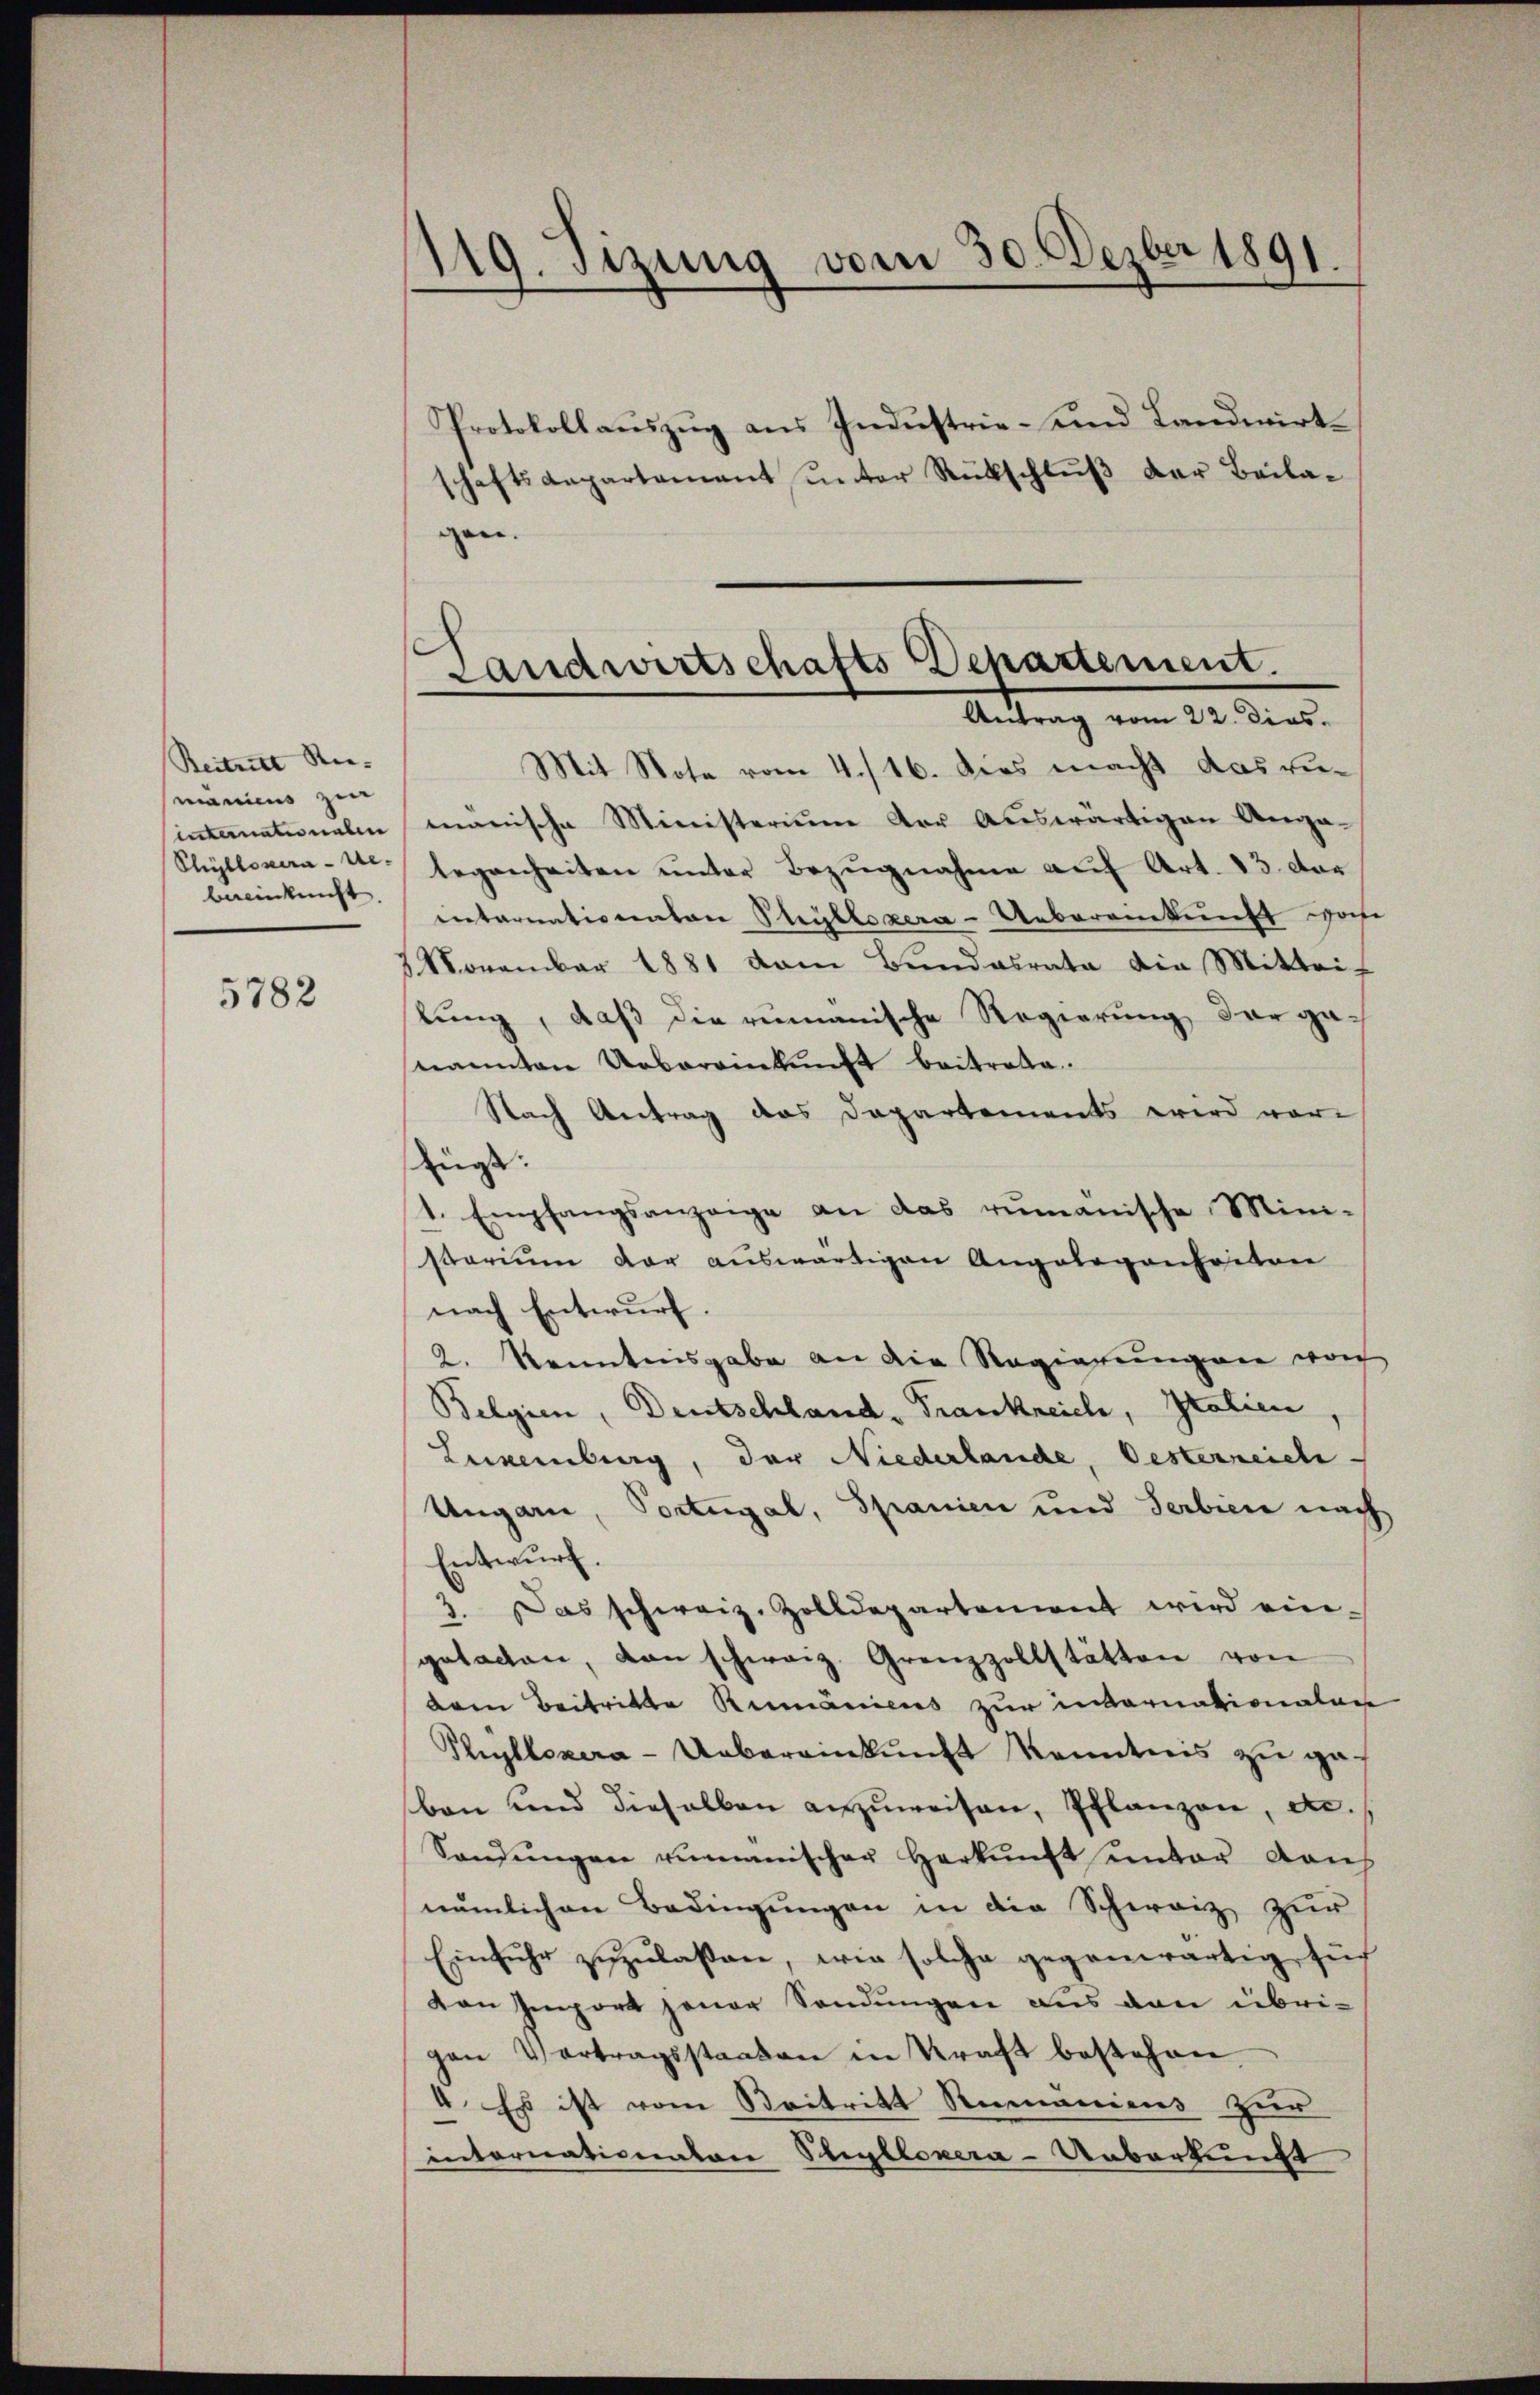
Reitritt Re- |
manius zur
internationalen
Chyllouira - Ue-
bereinkunft.

5782

119. Sizung vom 30. Dezber 1891

Protokollauszug aus Industrie- und Landwirtschaftsaepartenant ŭnter Rückschlŭβ der Beilagen.
Mit Note vom 4./16. ders macht das zu-
manische Ministerium der Auswärtigen Anga-
legenheiten unter Bezugnahme auf Art. 13. dor
internationator Ptryllezera-Uebereinkunft wohe
Monember 1881 vom Bundesrata die Mittei-
lung, daß die remanische Regierung der genannten Ueberanekŭnft beitrata.
Nach Antrag das Dapartements wird vor
fügt:
1. Empfangsanzeige an das remanische Mini-
starium dar auswärtigen Angelegenheiten
nach Entwurf.
2. Kenntnisgabe an die Regierŭngen von
Belgien, Deutschland, Frankreich, Italien
Luxenburg, der Niederlande, Oesterreiche.
Ungarn, Portugal, Spanien und Serbiere nach
Entwurf.
3. Das schweiz. Zolldepartement wird ein-
gotacten, von schweiz. Grenzzollstätten von
dren Beitritte Rumäniens zur internationalan
Phyllozera-Uebereinkunft Kenntnis zu geben und dieselben anzuweisen, Pflanzon, etc.
Sandŭngen zumanischer Herkunft unter Rauch
nämlichen Bedingŭngen in die Schweiz zur
Einfŭhr zŭzŭlassen, wie solche gegenwärtig füh
von Import jener Sendungen aus den übrigen Vertragsstaaten in Kraft bestehen.
4 Es ist vom Beitritt Romaniens zur
intornationaten Stillenera-Ueberkunft

Landwirtschafts Departement.
Antrag vom 22. dies